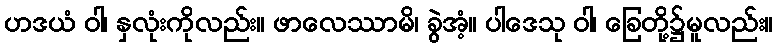
ဟဒယံ ဝါ၊ နှလုံးကိုလည်း။ ဖာလေဿာမိ၊ ခွဲအံ့။ ပါဒေသု ဝါ၊ ခြေတို့၌မူလည်း။